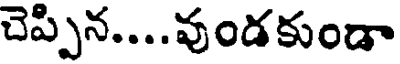
చెప్పిన....వుండకుండా